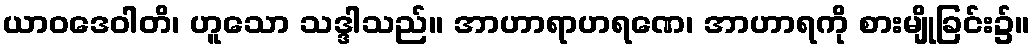
ယာဝဒေဝါတိ၊ ဟူသော သဒ္ဒါသည်။ အာဟာရာဟရဏေ၊ အာဟာရကို စားမျိုခြင်း၌။